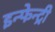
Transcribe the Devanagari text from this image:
इन्फेन्ट्री